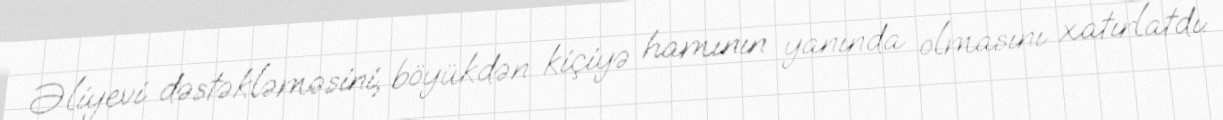
Əliyevi dəstəkləməsini, böyükdən kiçiyə hamının yanında olmasını xatırlatdı: